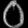
Digit: ၀